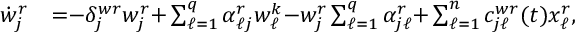
\begin{array} { r l } { \dot { w } _ { j } ^ { r } } & { { = } { - } \delta _ { j } ^ { w r } w _ { j } ^ { r } { + } \textstyle \sum _ { \ell = 1 } ^ { q } \alpha _ { \ell j } ^ { r } w _ { \ell } ^ { k } { - } w _ { j } ^ { r } \textstyle \sum _ { \ell = 1 } ^ { q } \alpha _ { j \ell } ^ { r } { + } \textstyle \sum _ { \ell = 1 } ^ { n } c _ { j \ell } ^ { w r } ( t ) x _ { \ell } ^ { r } , } \end{array}